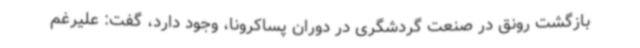
بازگشت رونق در صنعت گردشگری در دوران پساکرونا، وجود دارد، گفت: علیرغم